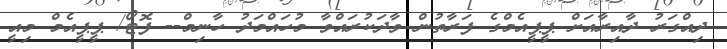
ދިއްގަރު ދާއިރާއަށް ޕީޕީއެމްގެ ފަރާތުން ވާދަކުރައްވާ މުހައްމަދު ހާނިމް-- ފޮޓޯ/ ޕީޕީއެމް މިއީ